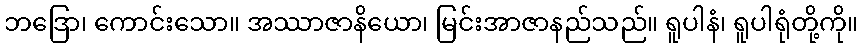
ဘဒြော၊ ကောင်းသော။ အဿာဇာနိယော၊ မြင်းအာဇာနည်သည်။ ရူပါနံ၊ ရူပါရုံတို့ကို။